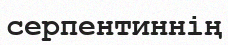
серпентиннің